Vaccination United Provinces of Agra and Oudh 1902-1913 - 1902-1913
Year: 1902
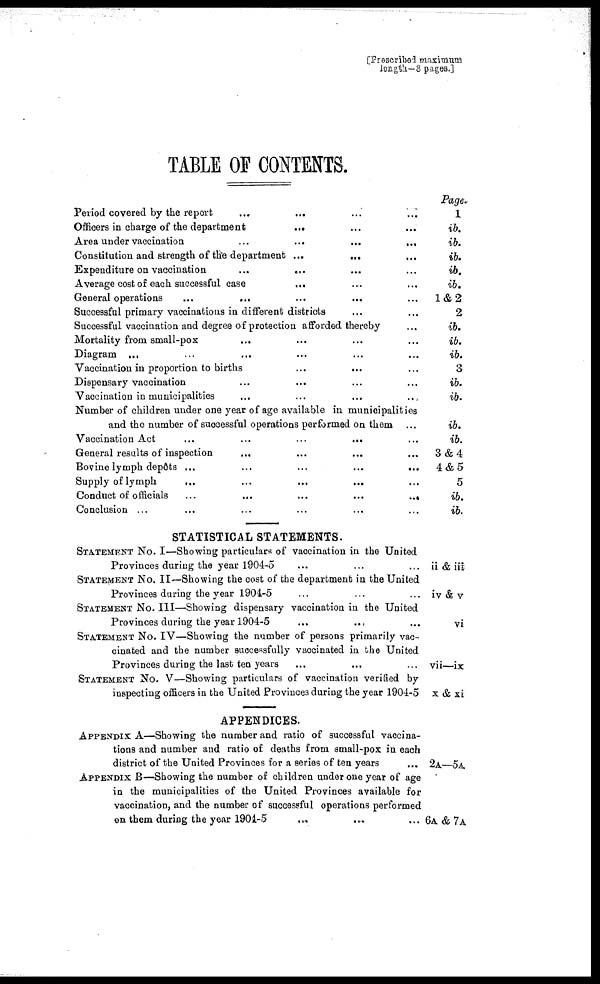
[Prescribed maximum
length—8 pages.]
TABLE OF CONTENTS.
Period covered by the report
Officers in charge of the department
...
Area under vaccination
...
...
...
...
Constitution and strength of the department ...
Expenditure on vaccination
...
...
Average cost of each successful case
...
General operations
...
...
Successful primary vaccinations in different districts
Successful vaccination and degree of protection afforded thereby
Mortality from small-pox
Diagram ...
Vaccination in proportion to births
...
...
Dispensary vaccination
Vaccination in municipalities
Number of children under one year of age available in municipalities
and the number of successful operations performed on them
Vaccination Act
...
....
...
...
General results of inspection
Bovine lymph depôts ...
Supply of lymph
...
Conduct of officials
...
...
...
...
...
Conclusion ...
STATISTICAL STATEMENTS.
STATEMENT No. I—Showing particulars of vaccination in the United
Provinces during the year 1904-5
STATEMENT No. II—Showing the cost of the department in the United
Provinces during the year 1904-5
STATEMENT No. III—Showing dispensary vaccination in the United
Provinces during the year 1904-5
STATEMENT No. IV—Showing the number of persons primarily vac-
cinated and the number successfully vaccinated in the United
Provinces during the last ten years
STATEMENT No. V—Showing particulars of vaccination verified by
inspecting officers in the United Provinces during the year 1904-5
APPENDICES.
APPENDIX A—Showing the number and ratio of successful vaccina¬
tions and number and ratio of deaths from small-pox in each
district of the United Provinces for a series of ten years
APPENDIX B—Showing the number of children under one year of age
in the municipalities of the United Provinces available for
vaccination, and the number of successful operations performed
on them during the year 1904-5
Page.
1
ib.
ib.
ib.
ib.
ib.
1 & 2
2
ib.
ib.
ib.
3
ib.
ib.
ib.
ib.
3 & 4
4 & 5
5
ib.
ib.
ii & iii
iv & v
vi
vii—ix
x & xi
2A—5A.
6A & 7A